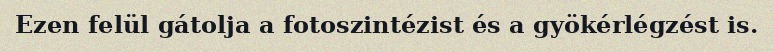
Ezen felül gátolja a fotoszintézist és a gyökérlégzést is.